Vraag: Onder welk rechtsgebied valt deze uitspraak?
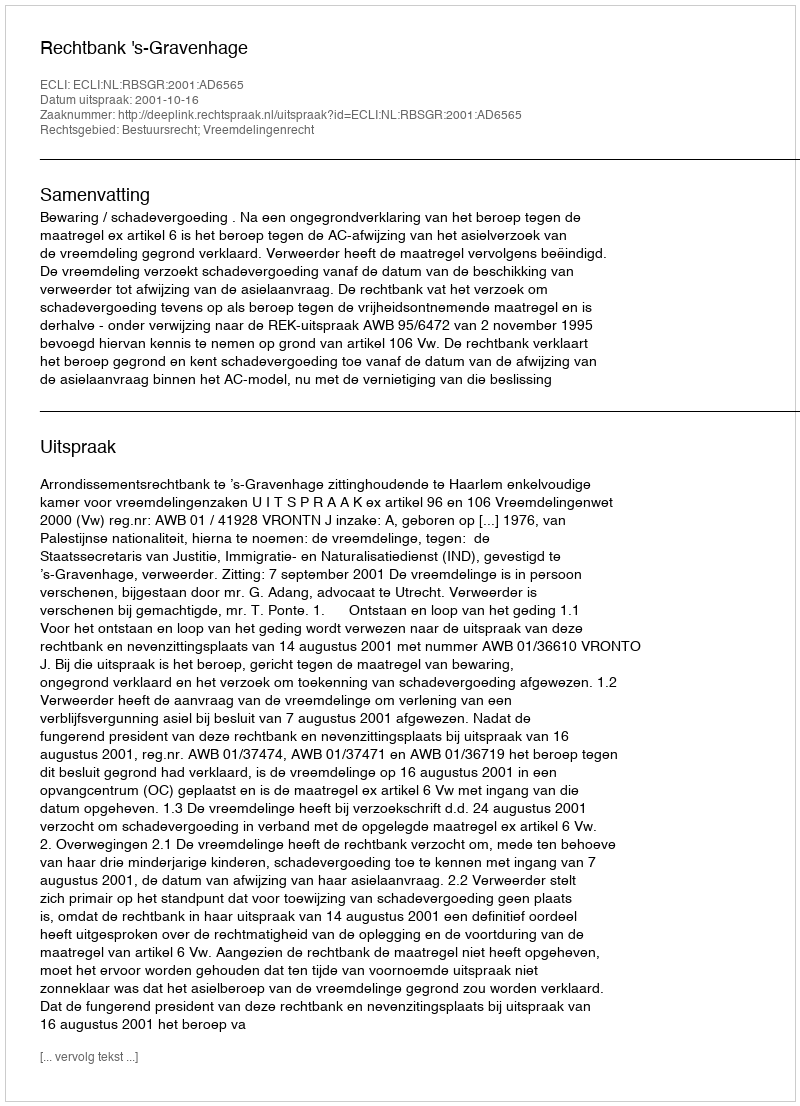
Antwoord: Bestuursrecht; Vreemdelingenrecht